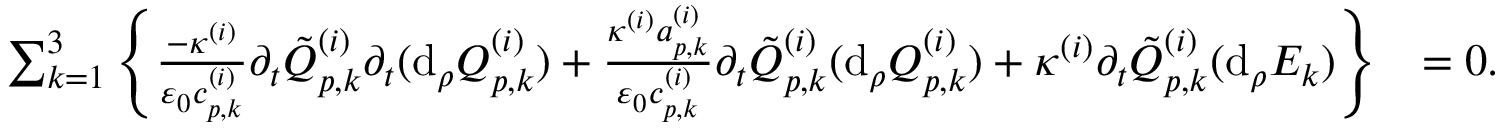
\begin{array} { r l } { \sum _ { k = 1 } ^ { 3 } \left\{ \frac { - \kappa ^ { ( i ) } } { \varepsilon _ { 0 } c _ { p , k } ^ { ( i ) } } \partial _ { t } \tilde { Q } _ { p , k } ^ { ( i ) } \partial _ { t } ( \mathrm { d } _ { \rho } Q _ { p , k } ^ { ( i ) } ) + \frac { \kappa ^ { ( i ) } a _ { p , k } ^ { ( i ) } } { \varepsilon _ { 0 } c _ { p , k } ^ { ( i ) } } \partial _ { t } \tilde { Q } _ { p , k } ^ { ( i ) } ( \mathrm { d } _ { \rho } Q _ { p , k } ^ { ( i ) } ) + \kappa ^ { ( i ) } \partial _ { t } \tilde { Q } _ { p , k } ^ { ( i ) } ( \mathrm { d } _ { \rho } E _ { k } ) \right\} } & { = 0 . } \end{array}